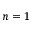
n = 1